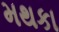
મથકા